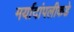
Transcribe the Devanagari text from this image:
मर्यादांपलीकडे